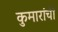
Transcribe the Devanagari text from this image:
कुमारांची